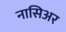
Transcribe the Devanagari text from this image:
नासिअर